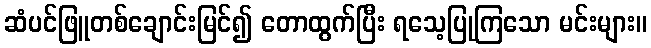
ဆံပင်ဖြူတစ်ချောင်းမြင်၍ တောထွက်ပြီး ရသေ့ပြုကြသော မင်းများ။